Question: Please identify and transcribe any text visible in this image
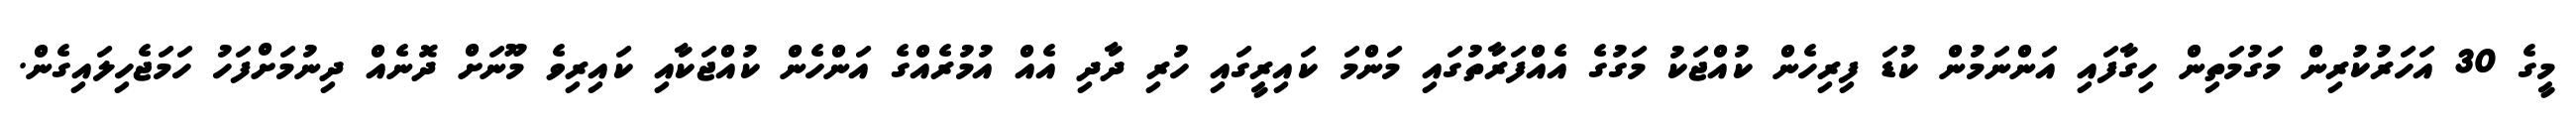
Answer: މީގެ 30 އަހަރުކުރިން މަގުމަތިން ހިގާފައި އަންނަމުން ކުޑަ ފިރިހެން ކުއްޖަކު މަގުގެ އެއްފަރާތުގައި މަންމަ ކައިރީގައި ހުރި ދާދި އެއް އުމުރެއްގެ އަންހެން ކުއްޖަކާއި ކައިރިވެ މޫނަށް ދޮނެއް ދިނުމަށްފަހު ހަމަޖެހިލައިގެން.